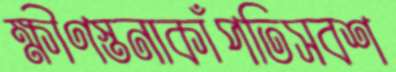
ক্ষীণস্তনাকাঁপতিসবশ